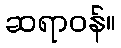
ဆရာဝန်။